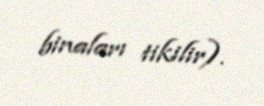
binaları tikilir).